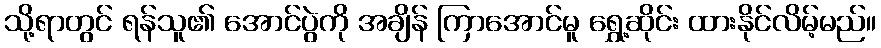
သို့ရာတွင် ရန်သူ၏ အောင်ပွဲကို အချိန် ကြာအောင်မူ ရွှေ့ဆိုင်း ထားနိုင်လိမ့်မည်။